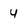
Character: 4